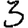
Digit: 3